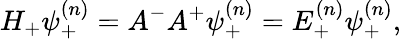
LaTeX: H_{+}\psi_{+}^{(n)}=A^{-}A^{+}\psi_{+}^{(n)}=E_{+}^{(n)}\psi_{+}^{(n)},